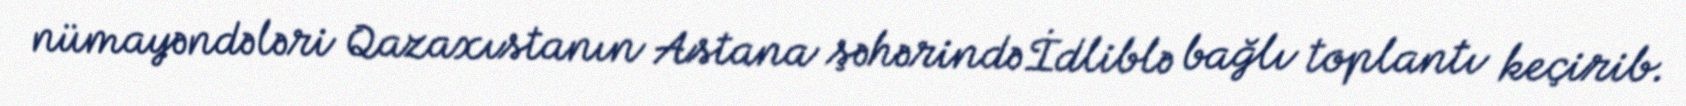
nümayəndələri Qazaxıstanın Astana şəhərində İdliblə bağlı toplantı keçirib.